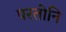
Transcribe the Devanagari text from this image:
परतोनि